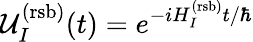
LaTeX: \mathcal{U}_{I}^{(\mathrm{rsb)}}(t)=e^{-iH_{I}^{(\mathrm{rsb)}}t/\hbar}